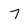
Character: 7